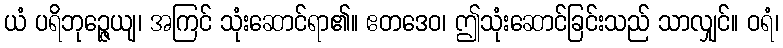
ယံ ပရိဘုဉ္ဇေယျ၊ အကြင် သုံးဆောင်ရာ၏။ ဧတဒေဝ၊ ဤသုံးဆောင်ခြင်းသည် သာလျှင်။ ဝရံ၊